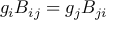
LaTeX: g _ { i } B _ { i j } = g _ { j } B _ { j i }